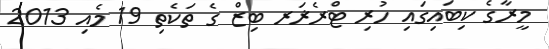
މީރާގެ ކިބައިގައި ހުރި ޓްރެޜަރ ބިޒް ގެ ތަކެތި 19 މެއި 2013